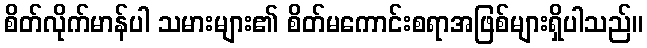
စိတ်လိုက်မာန်ပါ သမားများ၏ စိတ်မကောင်းစရာအဖြစ်များရှိပါသည်။